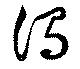
濁